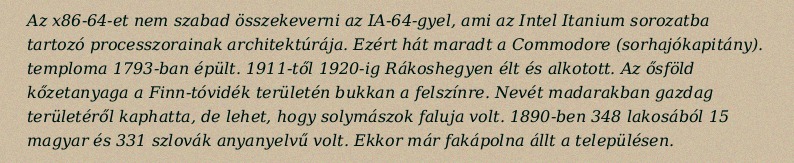
Az x86-64-et nem szabad összekeverni az IA-64-gyel, ami az Intel Itanium sorozatba tartozó processzorainak architektúrája. Ezért hát maradt a Commodore (sorhajókapitány). temploma 1793-ban épült. 1911-től 1920-ig Rákoshegyen élt és alkotott. Az ősföld kőzetanyaga a Finn-tóvidék területén bukkan a felszínre. Nevét madarakban gazdag területéről kaphatta, de lehet, hogy solymászok faluja volt. 1890-ben 348 lakosából 15 magyar és 331 szlovák anyanyelvű volt. Ekkor már fakápolna állt a településen.